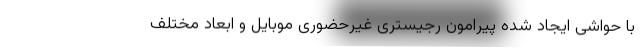
با حواشی ایجاد شده پیرامون رجیستری غیرحضوری موبایل و ابعاد مختلف